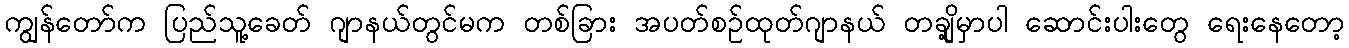
ကျွန်တော်က ပြည်သူ့ခေတ် ဂျာနယ်တွင်မက တစ်ခြား အပတ်စဉ်ထုတ်ဂျာနယ် တချို့မှာပါ ဆောင်းပါးတွေ ရေးနေတော့